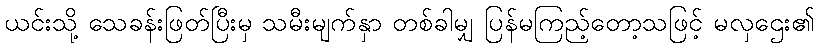
ယင်းသို့ သေခန်းဖြတ်ပြီးမှ သမီးမျက်နှာ တစ်ခါမျှ ပြန်မကြည့်တော့သဖြင့် မလှဌေး၏